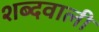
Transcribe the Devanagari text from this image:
शब्दवाली